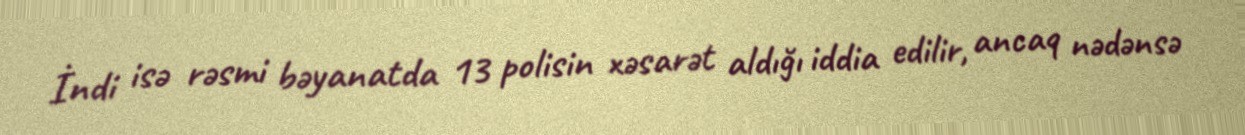
İndi isə rəsmi bəyanatda 13 polisin xəsarət aldığı iddia edilir, ancaq nədənsə